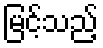
မြင့်သည့်